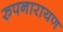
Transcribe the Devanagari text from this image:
रुपनारायण